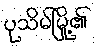
ပုသိမ်မြို့၏